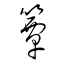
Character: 簟